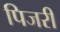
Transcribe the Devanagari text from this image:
पिजरी